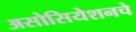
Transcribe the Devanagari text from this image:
असोसियेशनचे